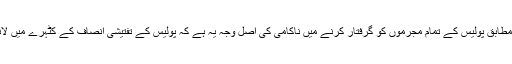
احمد، جو کہ اس واقع کے خلاف مہم چلا رہے ہیں ان کے مطابق پولیس کے تمام مجرموں کو گرفتار کرنے میں ناکامی کی اصل وجہ یہ ہے کہ پولیس کے تفتیشی انصاف کے کٹہرے میں لانے کے بجائے ان بااثر قاتلوں کی پشت پناہی کر رہے ہیں۔